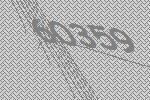
60359